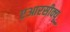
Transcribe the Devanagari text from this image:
एआरसीक्यू